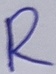
Text: R